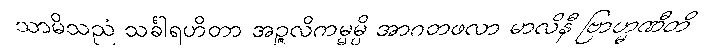
သာမိသညံ သင်္ခါရဟိတာ အဉ္ဇလိကမ္မမ္ပိ အာဂတဖလာ မာလိနီ ဗြာဟ္မဏီတိ